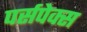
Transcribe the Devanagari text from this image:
पर्सपेक्स